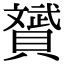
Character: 贇